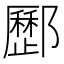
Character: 𨟑